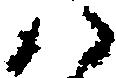
八